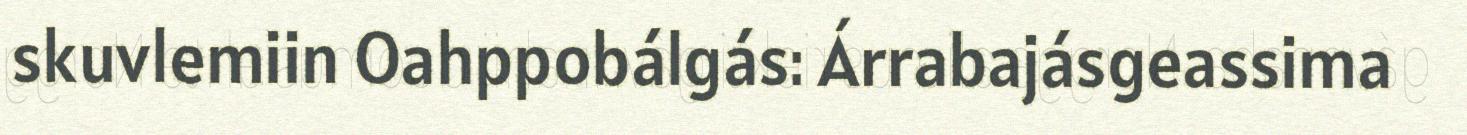
skuvlemiin Oahppobálgás: Árrabajásgeassima